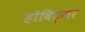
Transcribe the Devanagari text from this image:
होविट्जर